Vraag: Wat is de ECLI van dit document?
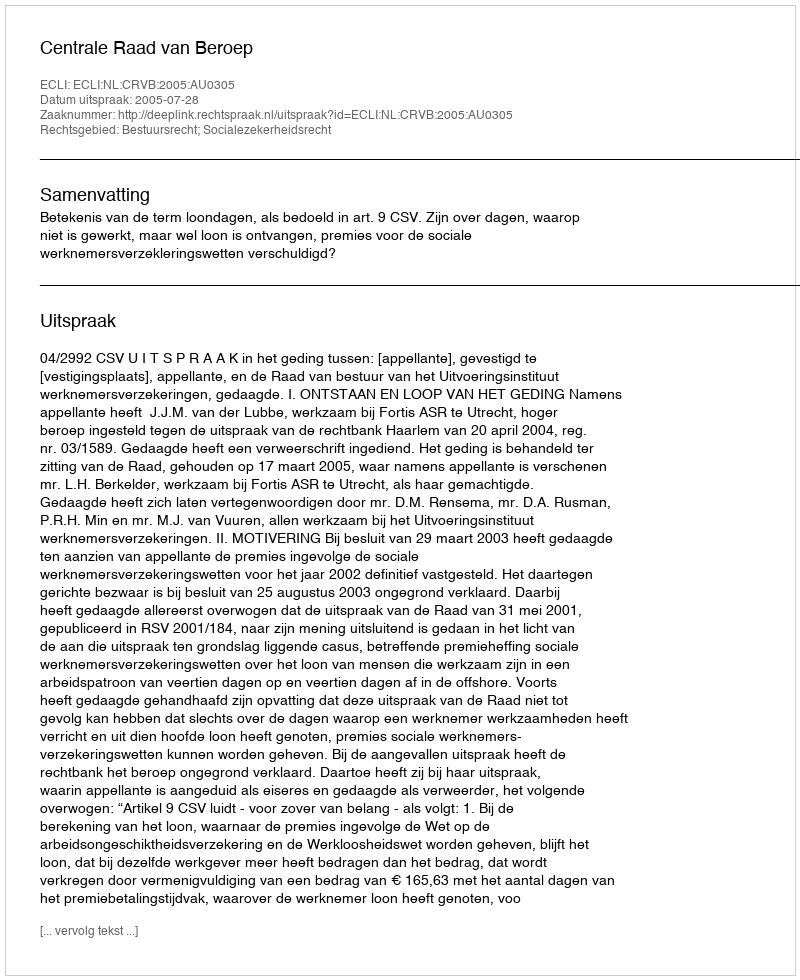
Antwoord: ECLI:NL:CRVB:2005:AU0305